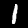
Label: 1